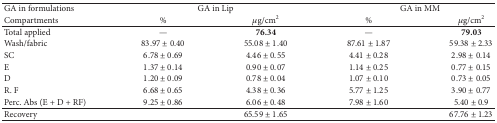
<table><thead><tr><td><b>GA in formulations</b></td><td colspan="2"><b>GA in Lip</b></td><td colspan="2"><b>GA in MM</b></td></tr><tr><td><b>Compartments</b></td><td><b>%</b></td><td><b><i>μ</i>g/cm2</b></td><td><b>%</b></td><td><b><i>μ</i>g/cm2</b></td></tr></thead><tbody><tr><td>Total applied</td><td>—</td><td><b>76.34</b></td><td>—</td><td><b>79.03</b></td></tr><tr><td>Wash/fabric</td><td>83.97 ± 0.40</td><td>55.08 ± 1.40</td><td>87.61 ± 1.87</td><td>59.38 ± 2.33</td></tr><tr><td>SC</td><td>6.78 ± 0.69</td><td>4.46 ± 0.55</td><td>4.41 ± 0.28</td><td>2.98 ± 0.14</td></tr><tr><td>E</td><td>1.37 ± 0.14</td><td>0.90 ± 0.07</td><td>1.14 ± 0.25</td><td>0.77 ± 0.15</td></tr><tr><td>D</td><td>1.20 ± 0.09</td><td>0.78 ± 0.04</td><td>1.07 ± 0.10</td><td>0.73 ± 0.05</td></tr><tr><td>R. F</td><td>6.68 ± 0.65</td><td>4.38 ± 0.36</td><td>5.77 ± 1.25</td><td>3.90 ± 0.77</td></tr><tr><td>Perc. Abs (E + D + RF)</td><td>9.25 ± 0.86</td><td>6.06 ± 0.48</td><td>7.98 ± 1.60</td><td>5.40 ± 0.9</td></tr><tr><td>Recovery</td><td> </td><td>65.59 ± 1.65</td><td> </td><td>67.76 ± 1.23</td></tr></tbody></table>